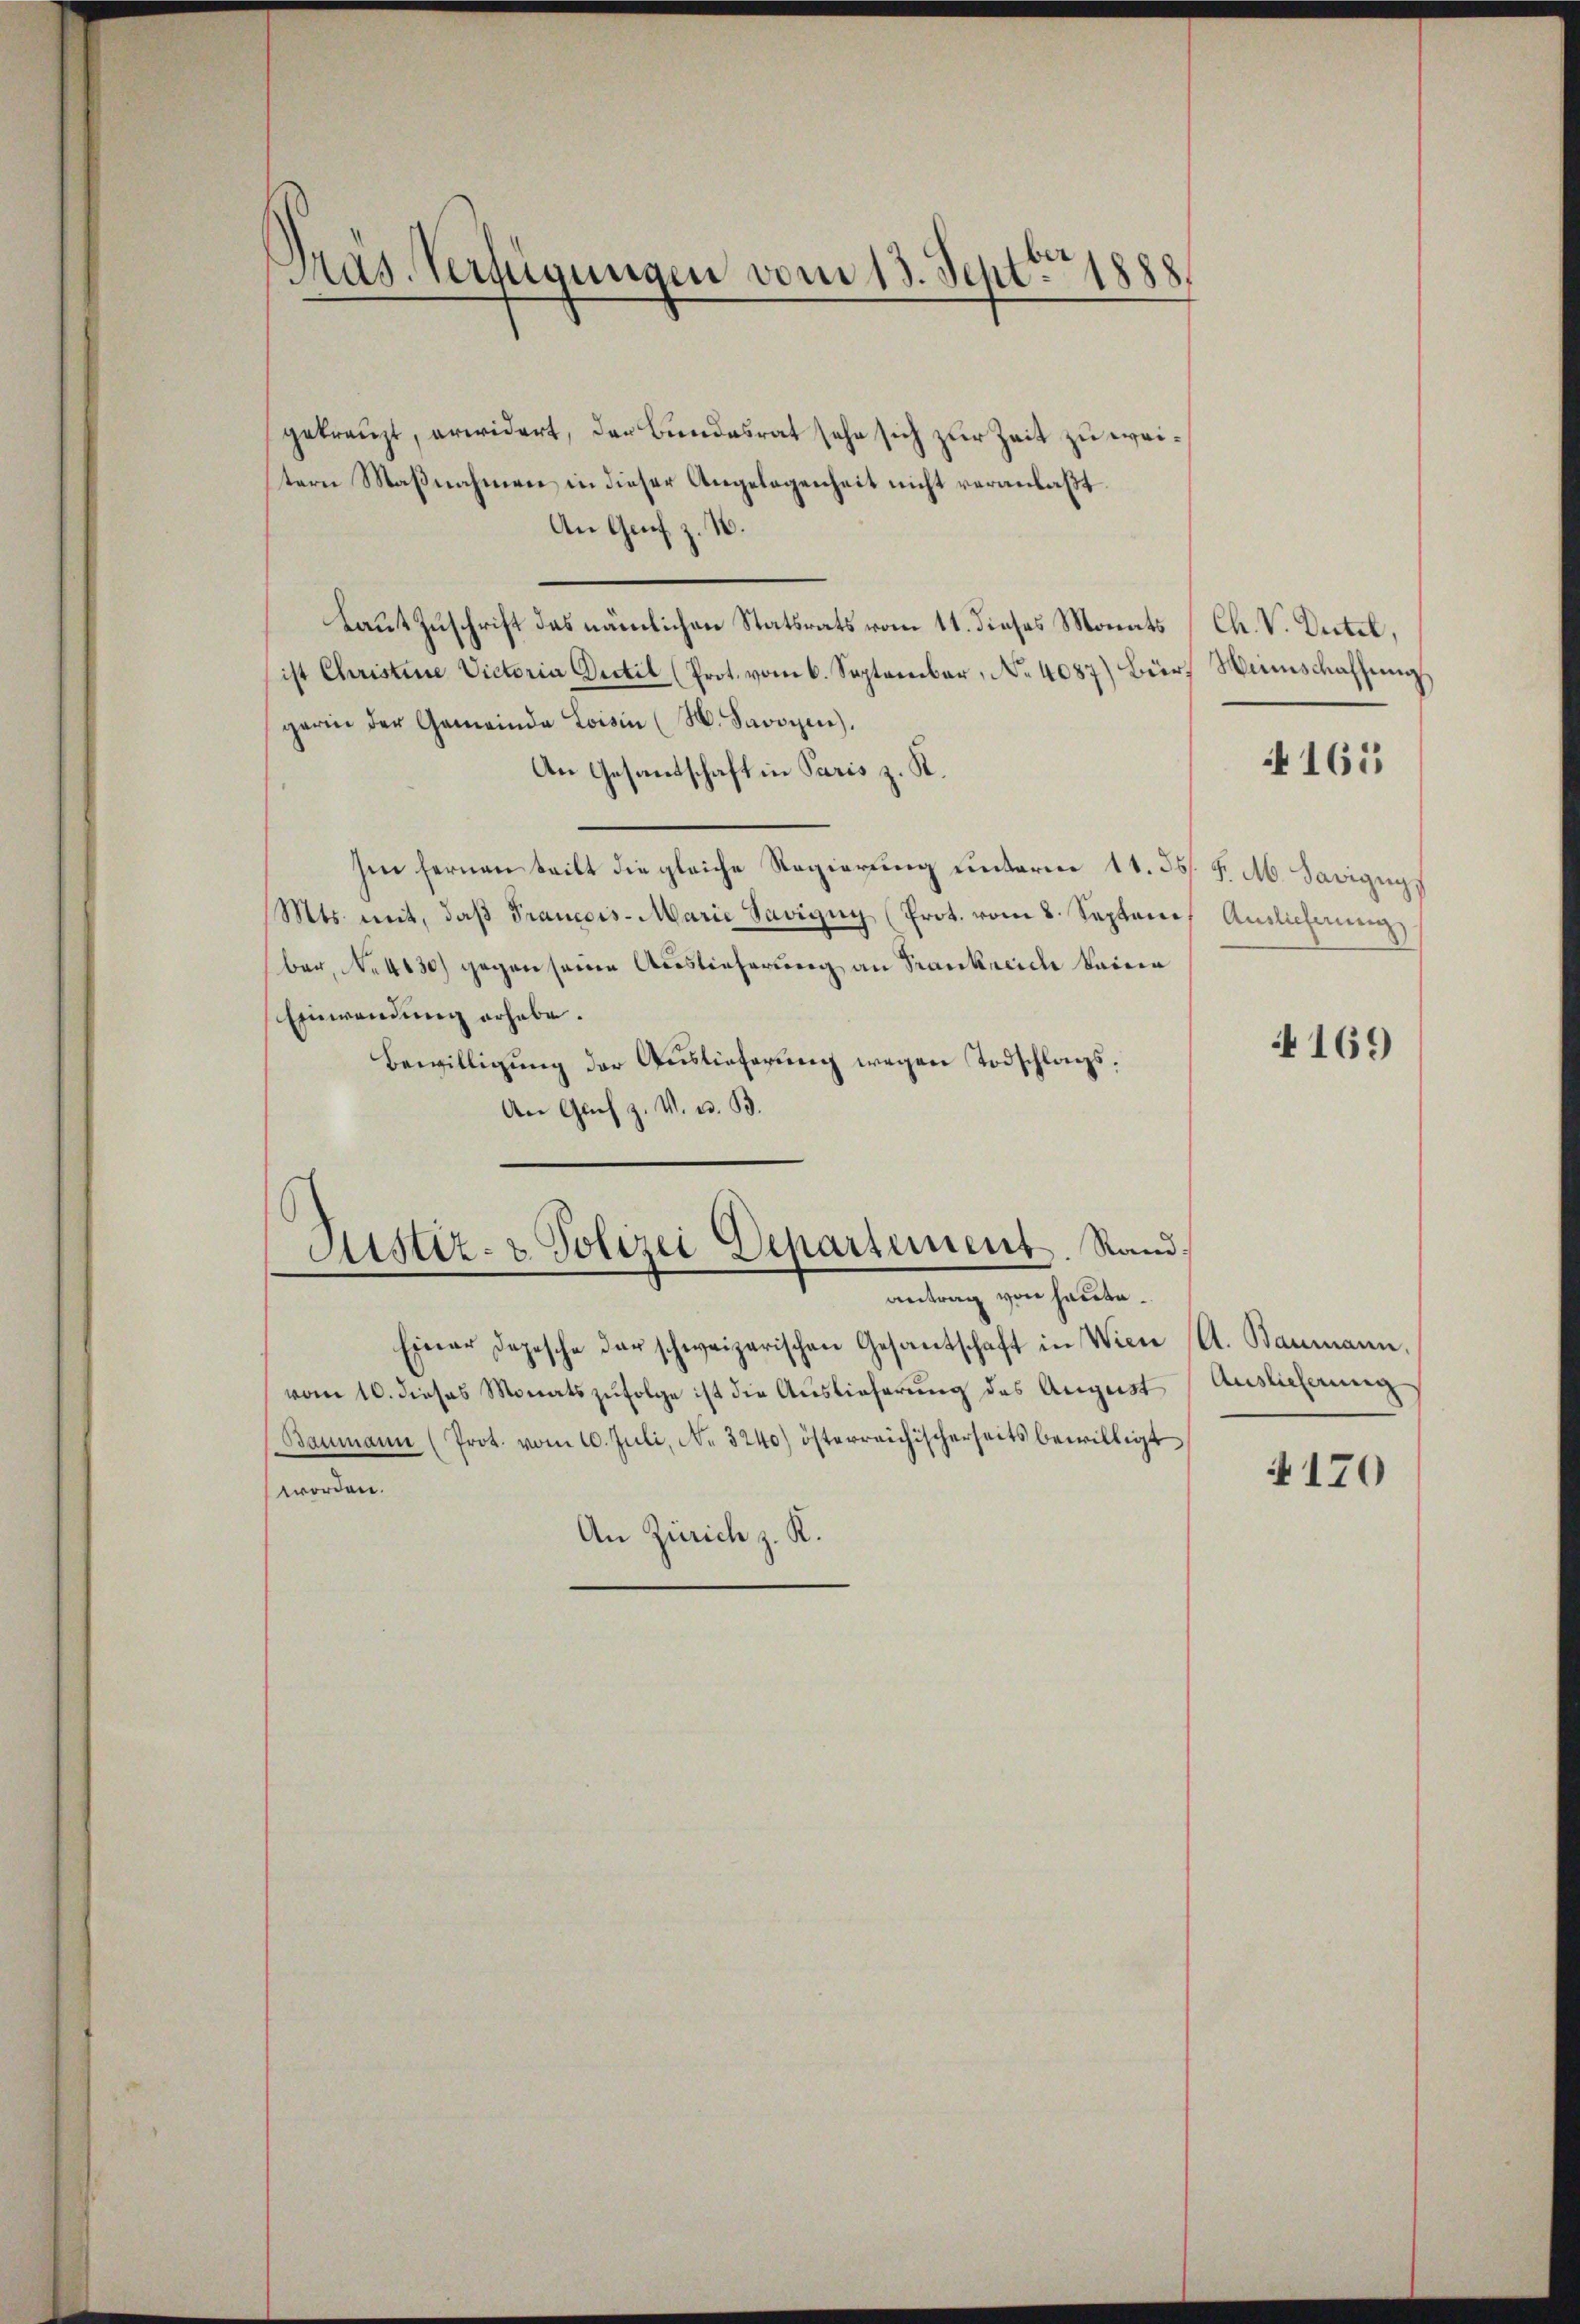
¬
Pas. Verfügungen vom 13. Sept. 1888.

gekreuzt, erwidert, der Bundesrat sehe sich zur Zeit zu weitern Maßnahmen in dieser Angelegenheit nicht veranlaßt
An Graf z. B.
Laut Zuschrift des nämlichen Statsrats vom 11. dieses Monats
ist Christine Victoria Dictil (Prot. vom 6. September, No 4087) Bür Weinschaffen
gerin der Gemeinde Loisin (H. Savoyen).
An Gesandschaft in Paris z. K.
sin fernen teilt die gleiche Regierung unterm 11. 35 J. M. Savignys
Mts. mit, daβ Francois-Marie Savigny (Prot. vom 8. Septenes Auslicherung
ber, No 4130) gegen seine Auslieferung an Frankreide keine
Einwendung erhabe.
Bewilligung der Auslieferung wegen Todschlags¬
An Gach z. V. u. B.

Einer Depesche der schweizerischen Gesantschaft in Wien (A. Baumann,
vom 10. dieses Monatszufolge ist die Auslieferung des August
Baumann (Prot. vom 10. Juli, No 3240) österreichischerseits bewilligt
worden.
An Zürich z. K.

Justiz- & Polizei Departement. Rand,
antrag von heute.

Ch. V. Dectel,
N 165

4169

Auslieferung
4170